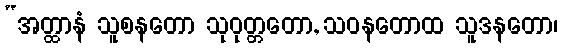
“အတ္ထာနံ သူစနတော သုဝုတ္တတော, သဝနတောထ သူဒနတော၊